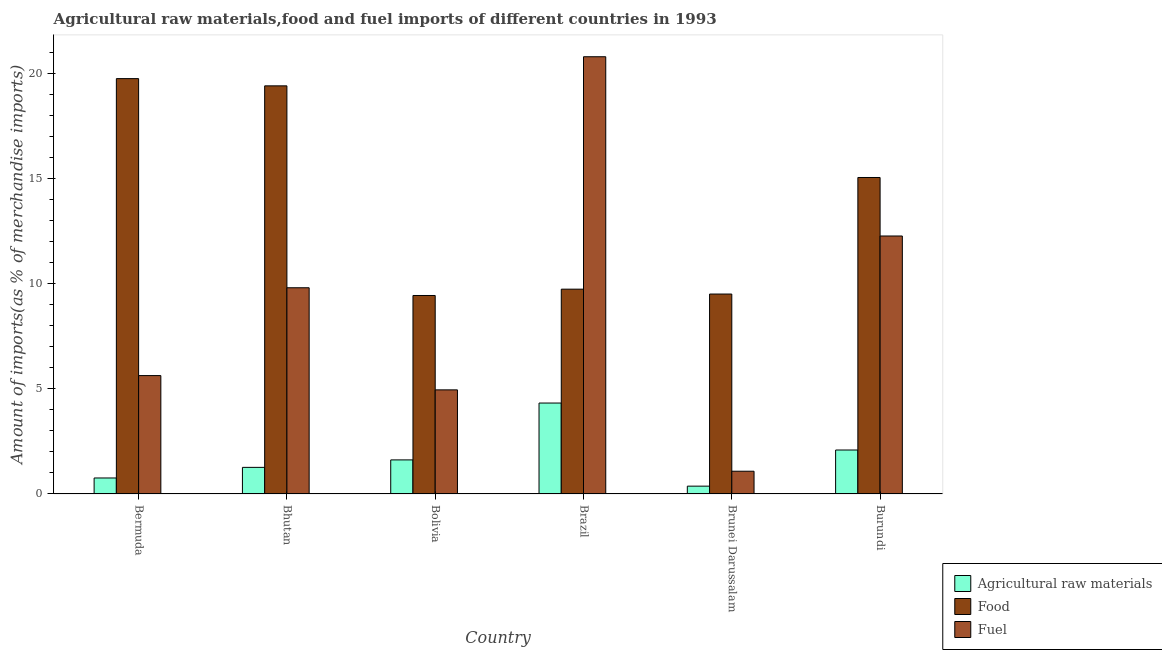
| Country | Agricultural raw materials | Food | Fuel |
 | --- | --- | --- | --- |
 | Bermuda | 0.76 | 19.7 | 5.63 |
 | Bhutan | 1.26 | 19.4 | 9.8 |
 | Bolivia | 1.62 | 9.43 | 4.95 |
 | Brazil | 4.32 | 9.73 | 20.8 |
 | Brunei Darussalam | 0.372 | 9.5 | 1.08 |
 | Burundi | 2.09 | 15 | 12.3 |